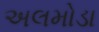
અલમોડા